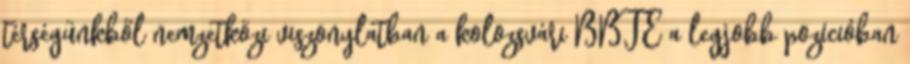
térségünkből nemzetközi viszonylatban a kolozsvári BBTE a legjobb pozícióban